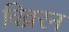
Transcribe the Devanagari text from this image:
विव्ररन